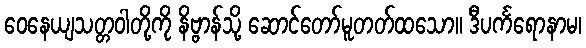
ဝေနေယျသတ္တဝါတို့ကို နိဗ္ဗာန်သို့ ဆောင်တော်မူတတ်ထသော။ ဒီပင်္ကရောနာမ၊